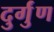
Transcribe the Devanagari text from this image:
दुर्गुंण